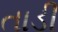
તાડી